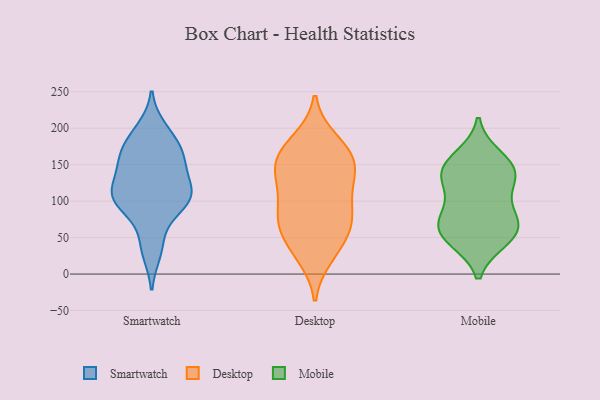
{"axis": {"x": "Market Share (%)", "y": "Value"}, "legend": ["Desktop", "Mobile", "Smartwatch"], "data": [{"x": "", "y": 91, "type": "Smartwatch"}, {"x": "", "y": 104, "type": "Smartwatch"}, {"x": "", "y": 155, "type": "Smartwatch"}, {"x": "", "y": 108, "type": "Smartwatch"}, {"x": "", "y": 30, "type": "Smartwatch"}, {"x": "", "y": 165, "type": "Smartwatch"}, {"x": "", "y": 125, "type": "Smartwatch"}, {"x": "", "y": 108, "type": "Smartwatch"}, {"x": "", "y": 156, "type": "Smartwatch"}, {"x": "", "y": 107, "type": "Smartwatch"}, {"x": "", "y": 189, "type": "Smartwatch"}, {"x": "", "y": 116, "type": "Smartwatch"}, {"x": "", "y": 91, "type": "Smartwatch"}, {"x": "", "y": 150, "type": "Smartwatch"}, {"x": "", "y": 44, "type": "Smartwatch"}, {"x": "", "y": 199, "type": "Smartwatch"}, {"x": "", "y": 175, "type": "Smartwatch"}, {"x": "", "y": 46, "type": "Desktop"}, {"x": "", "y": 109, "type": "Desktop"}, {"x": "", "y": 78, "type": "Desktop"}, {"x": "", "y": 159, "type": "Desktop"}, {"x": "", "y": 156, "type": "Desktop"}, {"x": "", "y": 28, "type": "Desktop"}, {"x": "", "y": 102, "type": "Desktop"}, {"x": "", "y": 61, "type": "Desktop"}, {"x": "", "y": 138, "type": "Desktop"}, {"x": "", "y": 69, "type": "Desktop"}, {"x": "", "y": 184, "type": "Desktop"}, {"x": "", "y": 157, "type": "Desktop"}, {"x": "", "y": 135, "type": "Desktop"}, {"x": "", "y": 24, "type": "Desktop"}, {"x": "", "y": 81, "type": "Desktop"}, {"x": "", "y": 69, "type": "Desktop"}, {"x": "", "y": 159, "type": "Desktop"}, {"x": "", "y": 124, "type": "Desktop"}, {"x": "", "y": 181, "type": "Desktop"}, {"x": "", "y": 53, "type": "Mobile"}, {"x": "", "y": 90, "type": "Mobile"}, {"x": "", "y": 51, "type": "Mobile"}, {"x": "", "y": 63, "type": "Mobile"}, {"x": "", "y": 47, "type": "Mobile"}, {"x": "", "y": 130, "type": "Mobile"}, {"x": "", "y": 146, "type": "Mobile"}, {"x": "", "y": 148, "type": "Mobile"}, {"x": "", "y": 161, "type": "Mobile"}, {"x": "", "y": 79, "type": "Mobile"}, {"x": "", "y": 124, "type": "Mobile"}, {"x": "", "y": 136, "type": "Mobile"}, {"x": "", "y": 72, "type": "Mobile"}]}